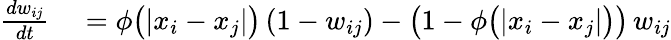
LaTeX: \begin{array}{rl}{\frac{dw_{ij}}{dt}}&{{}=\phi\big(|x_{i}-x_{j}|\big)\, (1-w_{ij})-\big(1-\phi\big(|x_{i}-x_{j}|\big)\big)\, w_{ij}}\end{array}